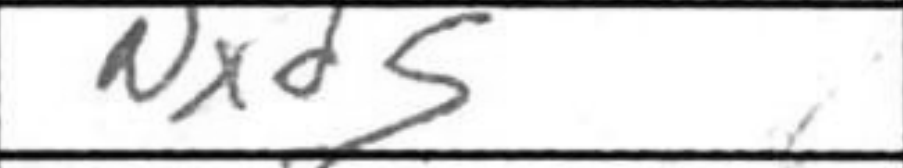
Transcription: Nxd5